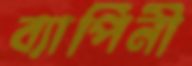
ব্যাপিনী